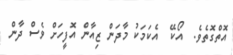
އޮތްގޮތެވެ.  އޯކޭ  އެކަމަކު މާދަން ޒިއާން އޮފީހަށް ވެސް ދާން